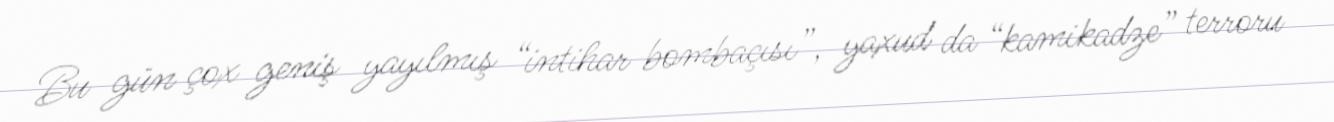
Bu gün çox geniş yayılmış “intihar bombaçısı”, yaxud da “kamikadze” terroru